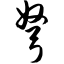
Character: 弩